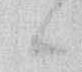
候